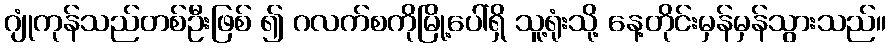
ဂျုံကုန်သည်တစ်ဦးဖြစ် ၍ ဂလက်စကိုမြို့ပေါ်ရှိ သူ့ရုံးသို့ နေ့တိုင်းမှန်မှန်သွားသည်။